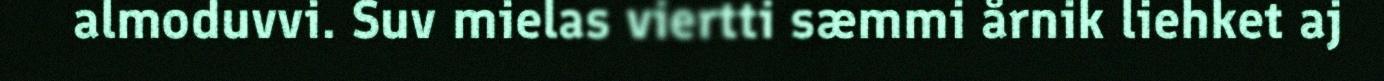
almoduvvi. Suv mielas viertti sæmmi årnik liehket aj